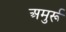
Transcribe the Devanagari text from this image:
अमुर्रू